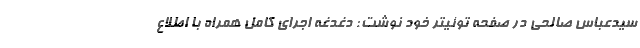
سیدعباس صالحی در صفحه توئیتر خود نوشت: دغدغه اجرای کامل همراه با اطلاع